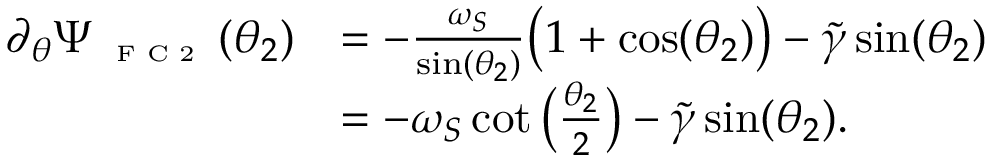
\begin{array} { r l } { \partial _ { \theta } \Psi _ { \textnormal { \tiny { F C 2 } } } ( \theta _ { 2 } ) } & { = - \frac { \omega _ { S } } { \sin ( \theta _ { 2 } ) } \big ( 1 + \cos ( \theta _ { 2 } ) \big ) - \widetilde { \gamma } \sin ( \theta _ { 2 } ) } \\ & { = - \omega _ { S } \cot \big ( \frac { \theta _ { 2 } } { 2 } \big ) - \widetilde { \gamma } \sin ( \theta _ { 2 } ) . } \end{array}